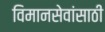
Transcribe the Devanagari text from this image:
विमानसेवांसाठी